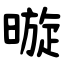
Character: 暶